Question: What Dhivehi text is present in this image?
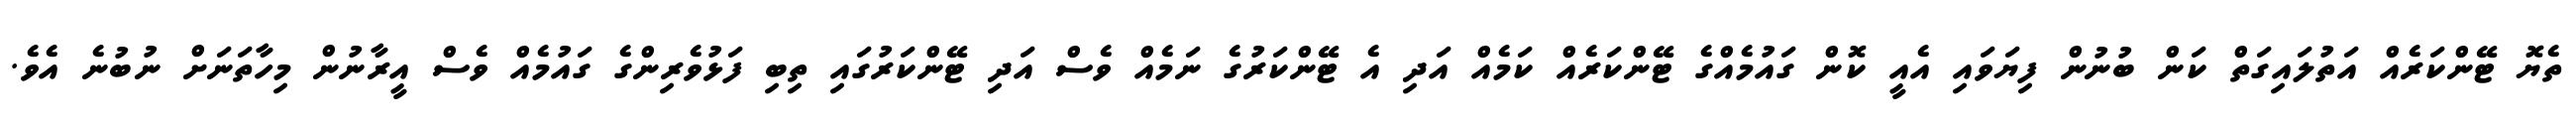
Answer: ތެޔޮ ޓޭންކަރެއް އަތުލައިގަތް ކަން ބުނުން ފިޔަވައި އެއީ ކޮން ގައުމެއްގެ ޓޭންކަރެއް ކަމެއް އަދި އެ ޓޭންކަރުގެ ނަމެއް ވެސް އަދި ޓޭންކަރުގައި ތިބި ފަޅުވެރިންގެ ގައުމެއް ވެސް އީރާނުން މިހާތަނަށް ނުބުނެ އެވެ.